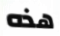
هذه